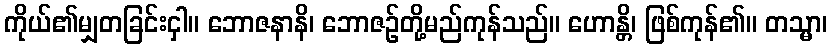
ကိုယ်၏မျှတခြင်းငှါ။ ဘောဇနာနိ၊ ဘောဇဉ်တို့မည်ကုန်သည်။ ဟောန္တိ၊ ဖြစ်ကုန်၏။ တသ္မာ၊